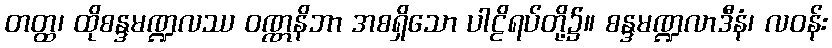
တတ္ထ၊ ထိုစန္ဒမဏ္ဍလဿ ဝဏ္ဏနိဘာ အစရှိသော ပါဠိရပ်တို့၌။ စန္ဒမဏ္ဍလာဒီနံ၊ လဝန်း